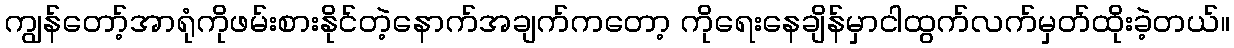
ကျွန်တော့်အာရုံကိုဖမ်းစားနိုင်တဲ့နောက်အချက်ကတော့ ကိုရေးနေချိန်မှာငါထွက်လက်မှတ်ထိုးခဲ့တယ်။